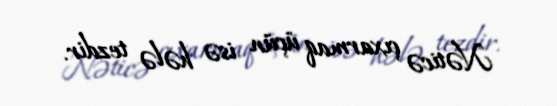
Nəticə çıxarmaq üçün isə hələ tezdir.